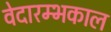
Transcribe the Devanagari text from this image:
वेदारम्भकाल